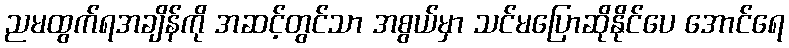
ညမထွက်ရအချိန်ကို အဆင့်တွင်သာ အစွယ်မှာ သင်မပြောဆိုနိုင်ပေ အောင်ရေ